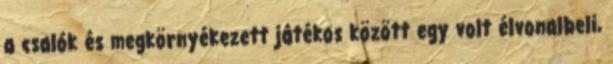
a csalók és megkörnyékezett játékos között egy volt élvonalbeli,